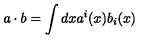
a \cdot b = \int d x a ^ { i } ( x ) b _ { i } ( x )